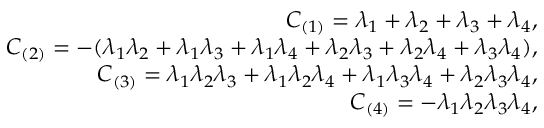
\begin{array} { r l r } & { } & { C _ { ( 1 ) } = \lambda _ { 1 } + \lambda _ { 2 } + \lambda _ { 3 } + \lambda _ { 4 } , } \\ & { } & { C _ { ( 2 ) } = - ( \lambda _ { 1 } \lambda _ { 2 } + \lambda _ { 1 } \lambda _ { 3 } + \lambda _ { 1 } \lambda _ { 4 } + \lambda _ { 2 } \lambda _ { 3 } + \lambda _ { 2 } \lambda _ { 4 } + \lambda _ { 3 } \lambda _ { 4 } ) , } \\ & { } & { C _ { ( 3 ) } = \lambda _ { 1 } \lambda _ { 2 } \lambda _ { 3 } + \lambda _ { 1 } \lambda _ { 2 } \lambda _ { 4 } + \lambda _ { 1 } \lambda _ { 3 } \lambda _ { 4 } + \lambda _ { 2 } \lambda _ { 3 } \lambda _ { 4 } , } \\ & { } & { C _ { ( 4 ) } = - \lambda _ { 1 } \lambda _ { 2 } \lambda _ { 3 } \lambda _ { 4 } , } \end{array}